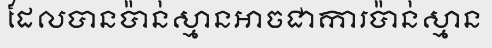
ដែលបានប៉ាន់ស្មានអាចជាការប៉ាន់ស្មាន